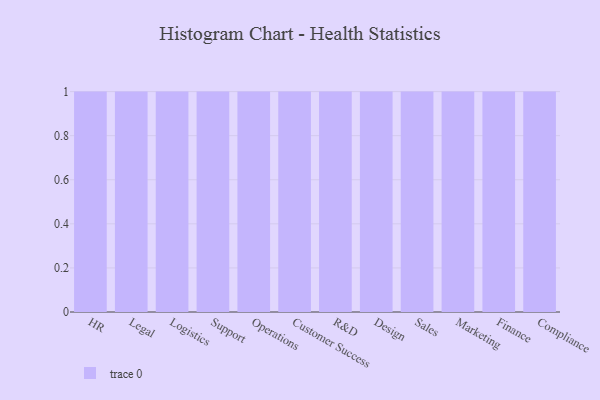
{"axis": {"x": "Department", "y": "Gross Profit (USD K)"}, "legend": [""], "data": [{"x": "HR", "y": 99, "type": ""}, {"x": "Legal", "y": 59, "type": ""}, {"x": "Logistics", "y": 75, "type": ""}, {"x": "Support", "y": 1, "type": ""}, {"x": "Operations", "y": 51, "type": ""}, {"x": "Customer Success", "y": 83, "type": ""}, {"x": "R&D", "y": 93, "type": ""}, {"x": "Design", "y": 99, "type": ""}, {"x": "Sales", "y": 22, "type": ""}, {"x": "Marketing", "y": 85, "type": ""}, {"x": "Finance", "y": 91, "type": ""}, {"x": "Compliance", "y": 58, "type": ""}]}